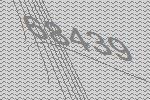
68439